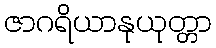
ဇာဂရိယာနုယုတ္တာ